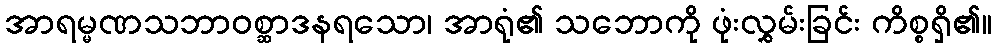
အာရမ္မဏသဘာဝစ္ဆာဒနရသော၊ အာရုံ၏ သဘောကို ဖုံးလွှမ်းခြင်း ကိစ္စရှိ၏။